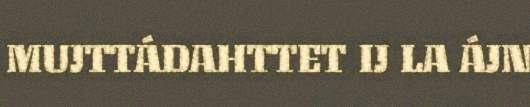
MUJTTÁDAHTTET IJ LA ÁJN